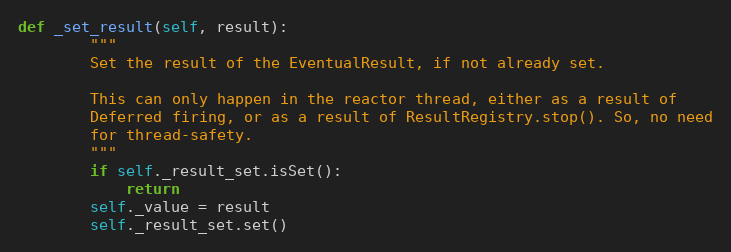
Language: Python
def _set_result(self, result):
        """
        Set the result of the EventualResult, if not already set.

        This can only happen in the reactor thread, either as a result of
        Deferred firing, or as a result of ResultRegistry.stop(). So, no need
        for thread-safety.
        """
        if self._result_set.isSet():
            return
        self._value = result
        self._result_set.set()